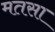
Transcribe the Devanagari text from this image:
मतसा